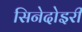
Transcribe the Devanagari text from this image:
सिनेदोइरी